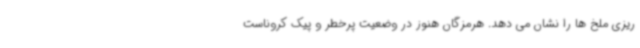
ریزی ملخ ها را نشان می دهد. هرمزگان هنوز در وضعیت پرخطر و پیک کروناست